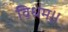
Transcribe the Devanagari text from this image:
विधेम॥